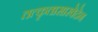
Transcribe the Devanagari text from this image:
तत्कृतासारवेदेन